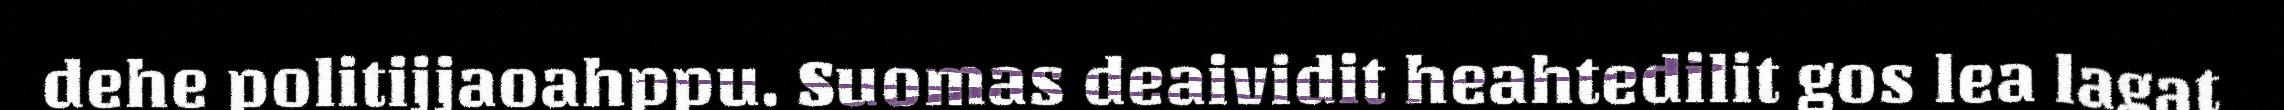
dehe politijjaoahppu. Suomas deaividit heahtedilit gos lea lagat